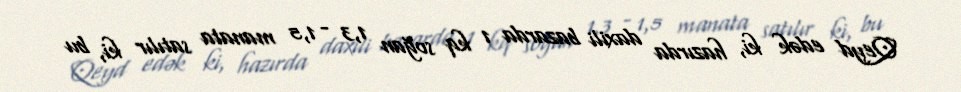
Qeyd edək ki, hazırda daxili bazarda 1 kq soğan 1,3 - 1,5 manata satılır ki, bu